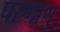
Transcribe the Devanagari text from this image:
परणाणु